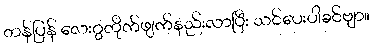
တန်ပြန် လေးဂွတိုက်ဖျက်နည်းလာပြီး သင်ပေးပါခင်ဗျာ။